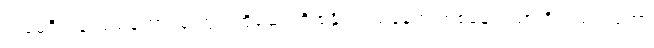
အမေရိကန် ပြည်ထောင်စု တွင် ထိုဆေးကို ရနိုင်သည့်နေရာ တစ်နေရာသာ ရှိသည့်သဘော